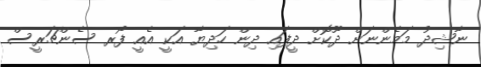
ނާޝިދު މަމެންނަށް ދޫކޮށް ދީފައި ދިން ހަދިޔާ އަކީ އެއީ ފޯރ ސެންޗަރީސް